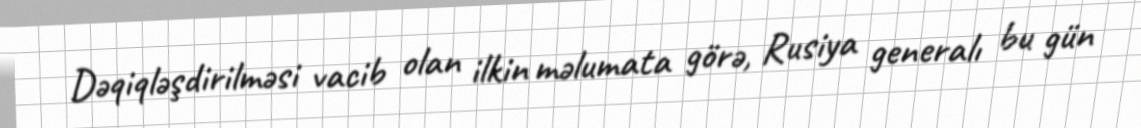
Dəqiqləşdirilməsi vacib olan ilkin məlumata görə, Rusiya generalı bu gün